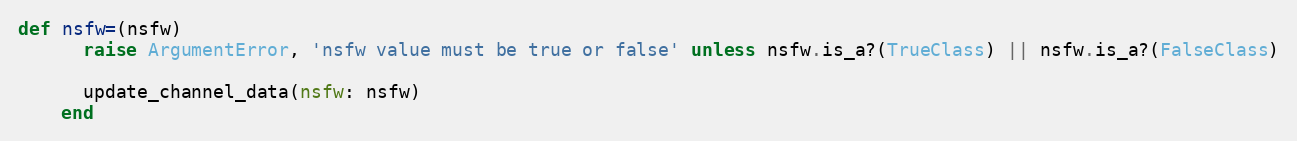
Language: Ruby
def nsfw=(nsfw)
      raise ArgumentError, 'nsfw value must be true or false' unless nsfw.is_a?(TrueClass) || nsfw.is_a?(FalseClass)

      update_channel_data(nsfw: nsfw)
    end